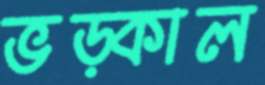
ভড়্‌কাল